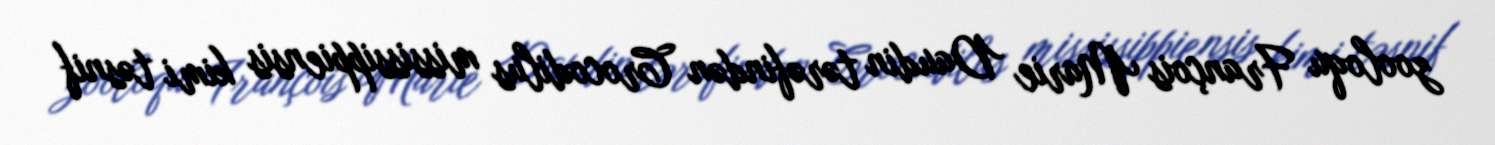
zooloqu François Marie Daudin tərəfindən Crocodilus mississippiensis kimi təsnif